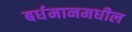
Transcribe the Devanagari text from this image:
बर्धमानमधील